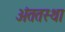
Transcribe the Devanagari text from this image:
अंततस्था